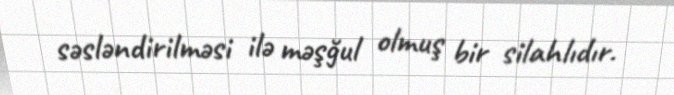
səsləndirilməsi ilə məşğul olmuş bir silahlıdır.